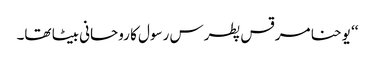
‘‘ یوحنا مرقس پطرس رسول کا روحانی بیٹا تھا۔